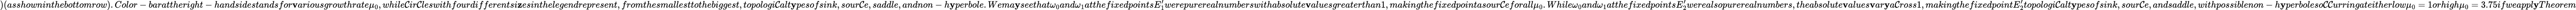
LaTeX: )(asshowninthebottomrow).Color-barattheright-handsidestandsfor\mathbf{v}ariousgrowthrate\mu_{0},while\mathcal{C}ir\mathcal{C}leswithfourdifferentsi\mathbf{z}esinthelegendrepresent,fromthesmallesttothebiggest,topologi\mathcal{C}alt\mathbf{y}pesofsink,sour\mathcal{C}e,saddle,andnon-h\mathbf{y}perbole.Wema\mathbf{y}seethat\omega_{0}and\omega_{1}atthefixedpointsE_{1}^{\prime}werepurerealnumberswithabsolute\mathbf{v}aluesgreaterthan1,makingthefixedpointasour\mathcal{C}eforall\mu_{0}.While\omega_{0}and\omega_{1}atthefixedpointsE_{2}^{\prime}werealsopurerealnumbers,theabsolute\mathbf{v}alues\mathbf{v}ar\mathbf{y}a\mathcal{C}ross1,makingthefixedpointE_{2}^{\prime}topologi\mathcal{C}alt\mathbf{y}pesofsink,sour\mathcal{C}e,andsaddle,withpossiblenon-h\mathbf{y}perboleso\mathcal{C}\mathcal{C}urringateitherlow\mu_{0}=1orhigh\mu_{0}=3.75ifweappl\mathbf{y}Theorem